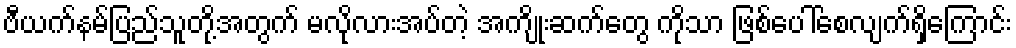
ဗီယက်နမ်ပြည်သူတို့အတွက် မလိုလားအပ်တဲ့ အကျိုးဆက်တွေ ကိုသာ ဖြစ်ပေါ်စေလျက်ရှိကြောင်း